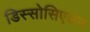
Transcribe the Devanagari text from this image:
डिस्सोसिएशन